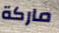
ماركة